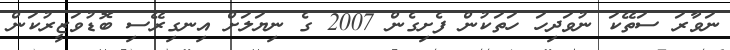
ނަވާރަ ސަތޭކަ ނުވަދިހަ ހަތަކުން ފެށިގެން 2007 ގެ ނިޔަލަށް އިނގިރޭސި ބޮޑުވަޒީރުކަން